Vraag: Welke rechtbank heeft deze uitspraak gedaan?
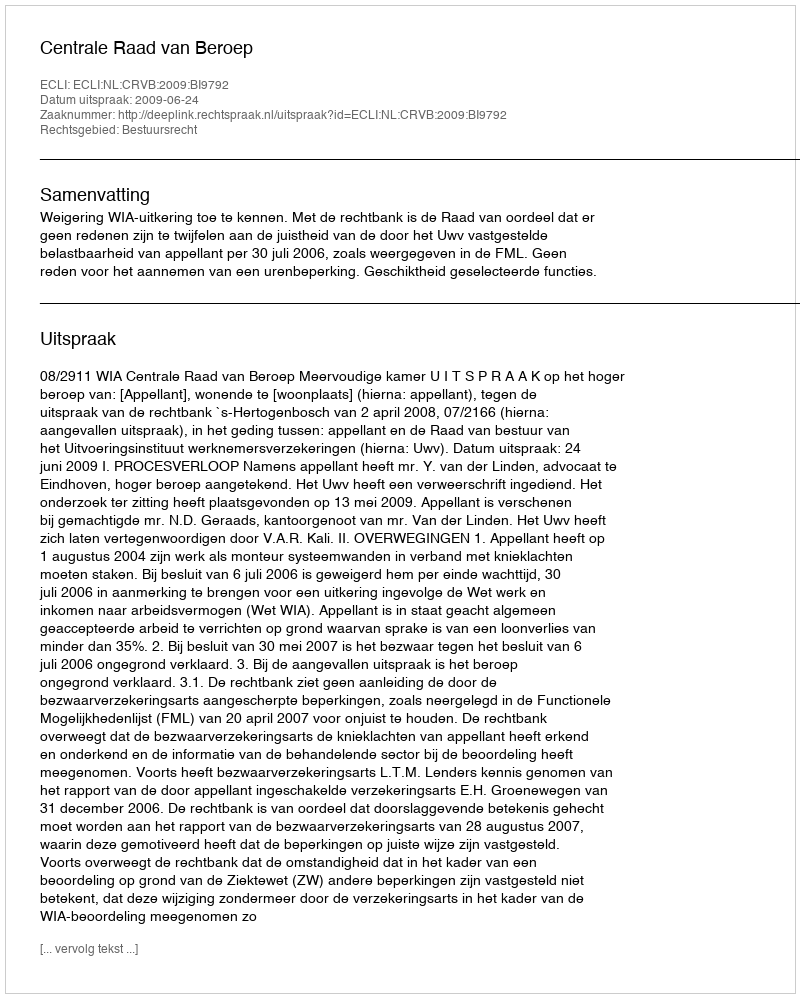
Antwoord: Centrale Raad van Beroep